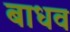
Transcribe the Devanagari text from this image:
बाधव